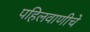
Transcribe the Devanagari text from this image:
पहिलवाणीचे